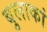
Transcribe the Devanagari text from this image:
बुलाकां